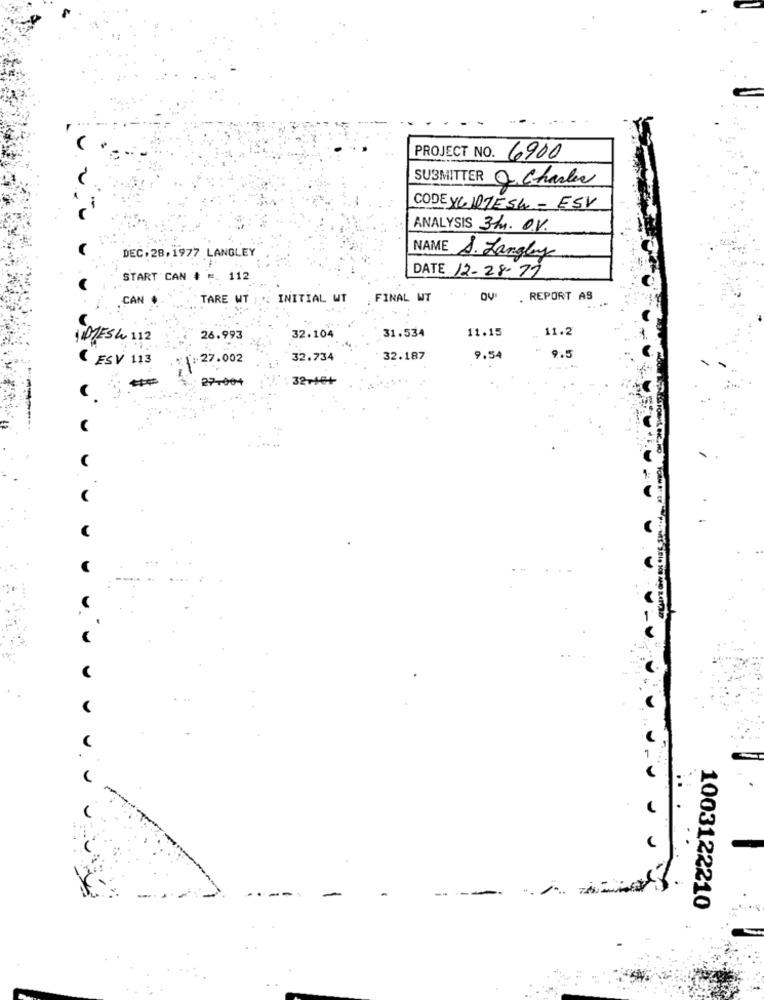
PROJECT NO. 6900
SUBMITTER Q. Charles
CODE XC DZES4 - ESV
ANALYSIS 3MM. O.V.
DEC.28,1977 LANGLEY
NAME A. Langley
START CAN # = 112
DATE 12-28-77
CAN
TARE WT
INITIAL WT
FINAL WT
. REPORT AS
11.15
11.2
MESW 112
26.993
32.104
31.534
( ESV 113
.* \:27.002
32.734
32.187
9.54
9.5
27.00+
32+18+
-
1003122210